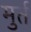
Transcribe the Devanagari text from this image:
मुर्त